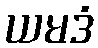
ယမဒံ